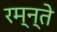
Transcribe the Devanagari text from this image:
रम्न्ते